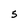
Character: 5